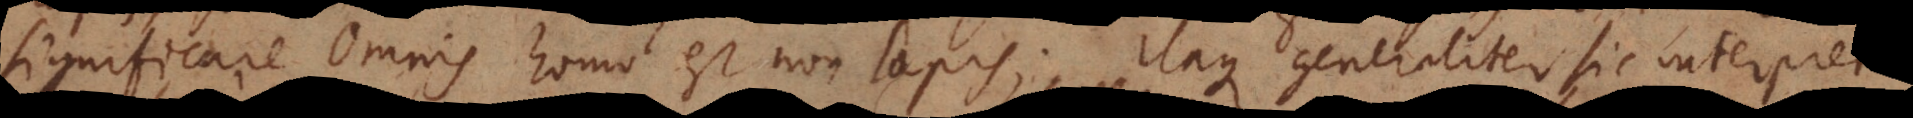
significare Omnis homo est non‐lapis; itaque generaliter sic interpreta